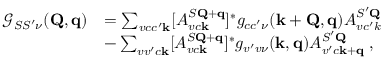
\begin{array} { r l } { \mathcal { G } _ { S S ^ { \prime } \nu } ( \mathbf { Q } , \mathbf { q } ) } & { = \sum _ { v c c ^ { \prime } \mathbf { k } } [ A _ { v c \mathbf { k } } ^ { S \mathbf { Q } + \mathbf { q } } ] ^ { * } g _ { c c ^ { \prime } \nu } ( \mathbf { k } + \mathbf { Q } , \mathbf { q } ) A _ { v c ^ { \prime } k } ^ { S ^ { \prime } \mathbf { Q } } } \\ & { - \sum _ { v v ^ { \prime } c \mathbf { k } } [ A _ { v c \mathbf { k } } ^ { S \mathbf { Q } + \mathbf { q } } ] ^ { * } g _ { v ^ { \prime } v \nu } ( \mathbf { k } , \mathbf { q } ) A _ { v ^ { \prime } c \mathbf { k } + \mathbf { q } } ^ { S ^ { \prime } \mathbf { Q } } \; , } \end{array}